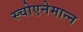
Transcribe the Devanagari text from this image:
स्चोएनेमान्न